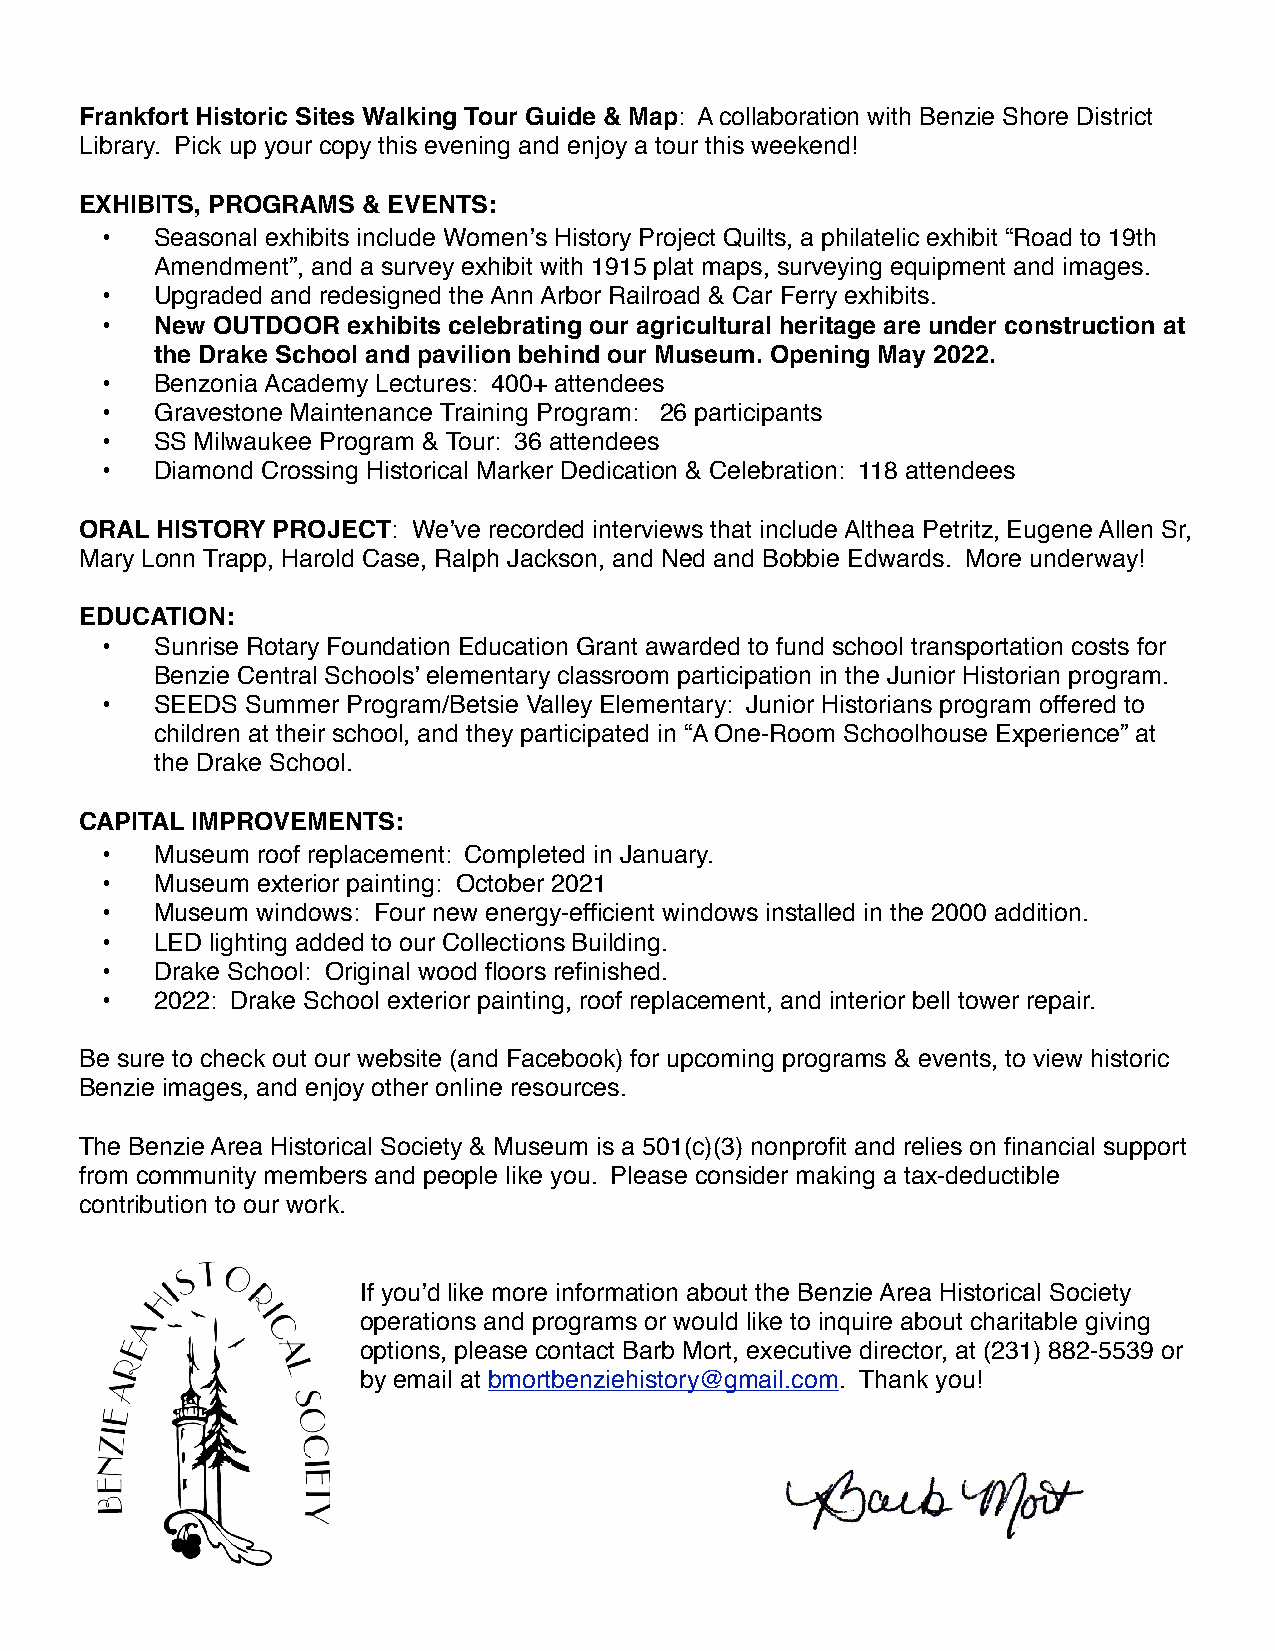
Frankfort Historic Sites Walking Tour Guide & Map: A collaboration with Benzie Shore District
 Library. Pick up your copy this evening and enjoy a tour this weekend!
 EXHIBITS, PROGRAMS & EVENTS:
 " •" Seasonal exhibits include Womenʼs History Project Quilts, a philatelic exhibit “Road to 19th
 Amendment”, and a survey exhibit with 1915 plat maps, surveying equipment and images.
 " •" Upgraded and redesigned the Ann Arbor Railroad & Car Ferry exhibits.
 ! •! New OUTDOOR  exhibits celebrating our agricultural heritage are under construction at
 the Drake School and pavilion behind our Museum. Opening May 2022.
 " •" Benzonia Academy Lectures: 400+ attendees
 " •" Gravestone Maintenance Training Program: 26 participants
 " •" SS Milwaukee Program & Tour: 36 attendees
 " •" Diamond Crossing Historical Marker Dedication & Celebration: 118 attendees
 ORAL HISTORY PROJECT: Weʼve recorded interviews that include Althea Petritz, Eugene Allen Sr,
 Mary Lonn Trapp, Harold Case, Ralph Jackson, and Ned and Bobbie Edwards. More underway!
 EDUCATION:
 " •" Sunrise Rotary Foundation Education Grant awarded to fund school transportation costs for
 Benzie Central Schoolsʼ elementary classroom participation in the Junior Historian program.
 " •" SEEDS Summer Program/Betsie Valley Elementary: Junior Historians program offered to
 children at their school, and they participated in “A One-Room Schoolhouse Experience” at
 the Drake School.
 CAPITAL IMPROVEMENTS:
 " •" Museum roof replacement: Completed in January.
 " •" Museum exterior painting: October 2021
 " •" Museum windows: Four new energy-efficient windows installed in the 2000 addition.
 " •" LED lighting added to our Collections Building.
 " •" Drake School: Original wood floors refinished.
 " •" 2022: Drake School exterior painting, roof replacement, and interior bell tower repair.
 Be sure to check out our website (and Facebook) for upcoming programs & events, to view historic
 Benzie images, and enjoy other online resources.
 The Benzie Area Historical Society & Museum is a 501(c)(3) nonprofit and relies on financial support
 from community members and people like you. Please consider making a tax-deductible
 contribution to our work.
 If youʼd like more information about the Benzie Area Historical Society
 operations and programs or would like to inquire about charitable giving
 options, please contact Barb Mort, executive director, at (231) 882-5539 or
 by email at bmortbenziehistory@gmail.com. Thank you!